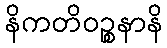
နိကတိဝဉ္စနာနိ